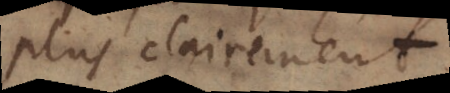
plus clairement